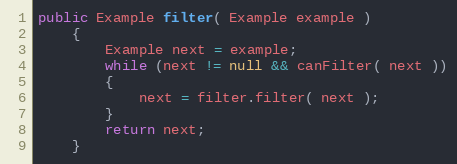
Language: Java
public Example filter( Example example )
    {
        Example next = example;
        while (next != null && canFilter( next ))
        {
            next = filter.filter( next );
        }
        return next;
    }